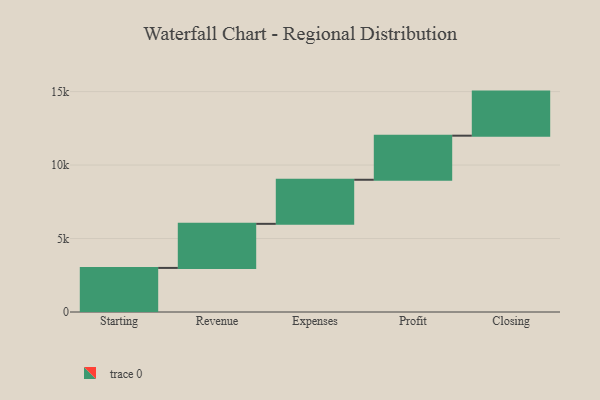
{"axis": {"x": "Step", "y": "Value"}, "legend": [""], "data": [{"x": "Starting", "y": 3000, "type": ""}, {"x": "Revenue", "y": 3000, "type": ""}, {"x": "Expenses", "y": 3000, "type": ""}, {"x": "Profit", "y": 3000, "type": ""}, {"x": "Closing", "y": 3000, "type": ""}]}